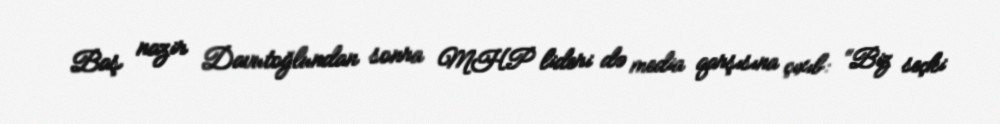
Baş nazir Davutoğlundan sonra MHP lideri də media qarşısına çıxıb: “Biz seçki